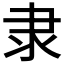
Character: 隶